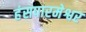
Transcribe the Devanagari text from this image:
हंसपारमेश्वर